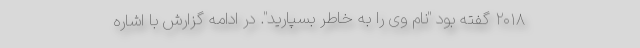
۲۰۱۸ گفته بود "نام وی را به خاطر بسپارید". در ادامه گزارش با اشاره